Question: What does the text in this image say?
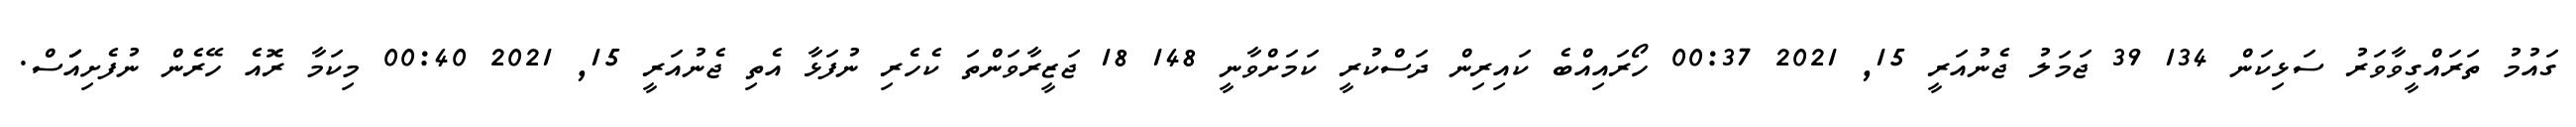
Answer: ގައުމު ތަރައްގީވާވަރު ސަޅިކަން 134 39 ޖަމަލު ޖެނުއަރީ 15, 2021 00:37 ހޯރައިއްބެ ކައިރިން ދަސްކުރީ ކަމަށްވާނީ 148 18 ޖަޒީރާވަންތަ ކެހެރި ނުފަޅާ އެތި ޖެނުއަރީ 15, 2021 00:40 މިކަމާ ރޮއެ ހޭރެން ނުފެށިއަަަސް.